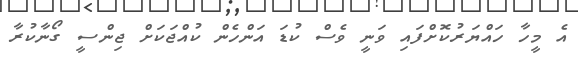
އެ މީހާ ހައްޔަރުކޮށްފައި ވަނީ ވެސް ކުޑަ އަންހެން ކުއްޖަކަށް ޖިންސީ ގޯނާކުރާ